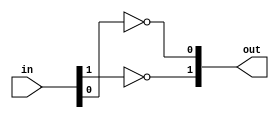
module register_file_coupler (output [1:0]out, input [1:0] in);
	not (out[1], in[1]);
	not (out[0], in[0]);
endmodule